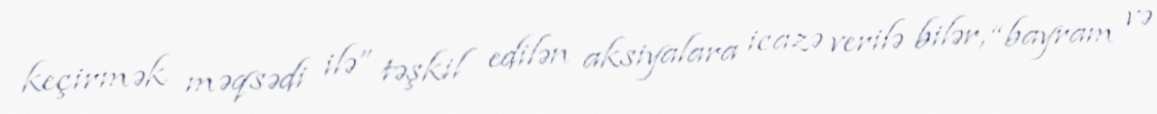
keçirmək məqsədi ilə” təşkil edilən aksiyalara icazə verilə bilər, “bayram və